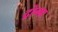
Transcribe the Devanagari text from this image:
द्रोग्बा